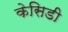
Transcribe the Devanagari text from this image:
केसिडी